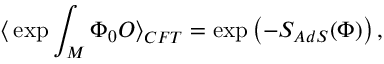
\big < \exp \int _ { \cal M } \Phi _ { 0 } { \cal O } \big > _ { C F T } = \exp \left( - S _ { A d S } ( \Phi ) \right) ,